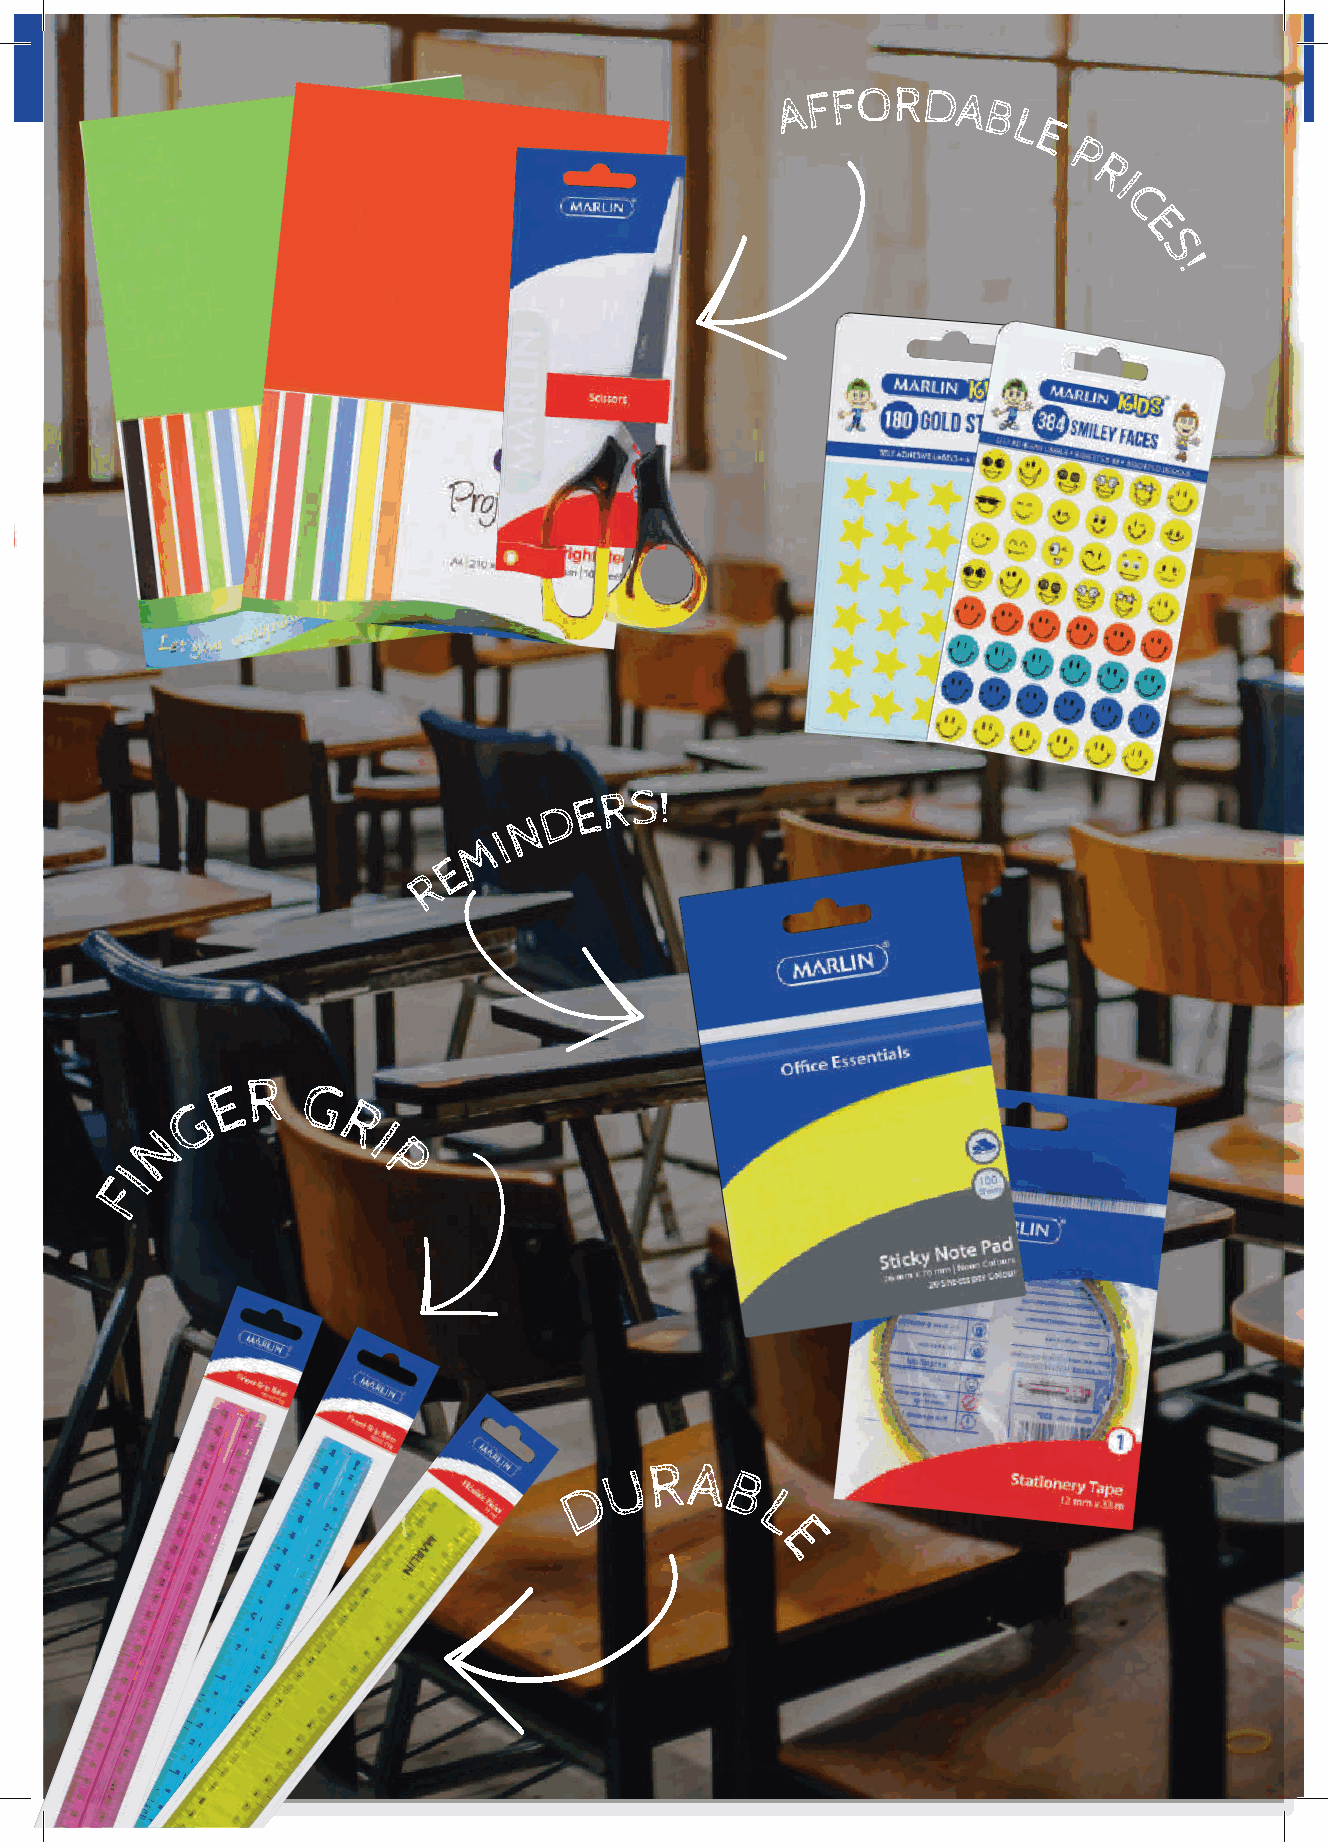
A F FORDA
 B
 L
 E
 P
 R
 I
 C
 E
 S
 !
 E R S!
 D
 N
 I
 M
 E
 R
 E
 R
 G
 G
 R
 N             I
 I                P
 F
 U RA
 D        B
 L
 E
 57